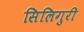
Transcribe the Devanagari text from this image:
सिलिगुरी